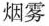
烟雾